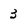
Character: 3